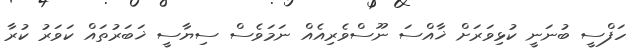
ހަފްސީ ބުނަނީ ކުޅިވަރަށް ޚާއްސަ ނޫސްވެރިއެއް ނަމަވެސް ސިޔާސީ ޚަބަރުތައް ކަވަރު ކުރާ